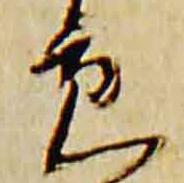
貢